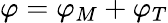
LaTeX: \varphi=\varphi_{M}+\varphi_{T}